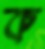
ক